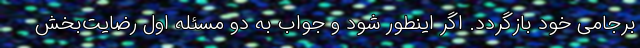
برجامی خود بازگردد. اگر اینطور شود و جواب به دو مسئله اول رضایت‌بخش